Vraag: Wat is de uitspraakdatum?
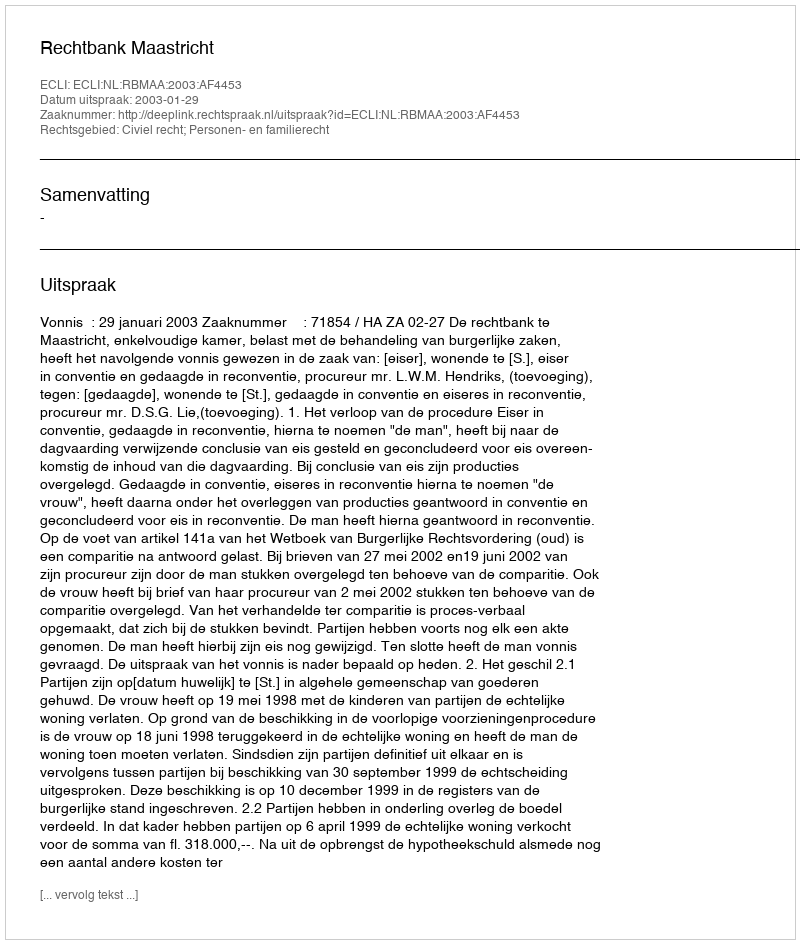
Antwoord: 2003-01-29